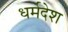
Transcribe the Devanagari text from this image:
धर्मदेश